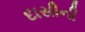
દાસીની